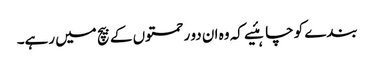
بندے کو چاہئیے کہ وہ ان دو رحمتوں کے بیچ میں رہے۔